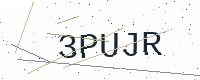
Text: 3PUJR